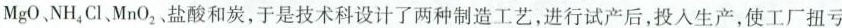
MgO、NH_{4}Cl、MnO_{2}盐酸和炭，于是技术科设计了两种制造工艺，进行试产后，投入生产，使工厂扭亏